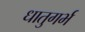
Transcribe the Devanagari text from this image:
धातुगर्भ